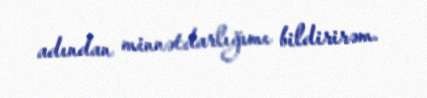
adından minnətdarlığımı bildirirəm.